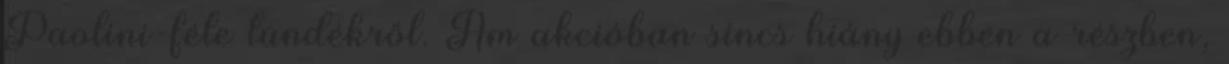
Paolini-féle tündékről. Ám akcióban sincs hiány ebben a részben,